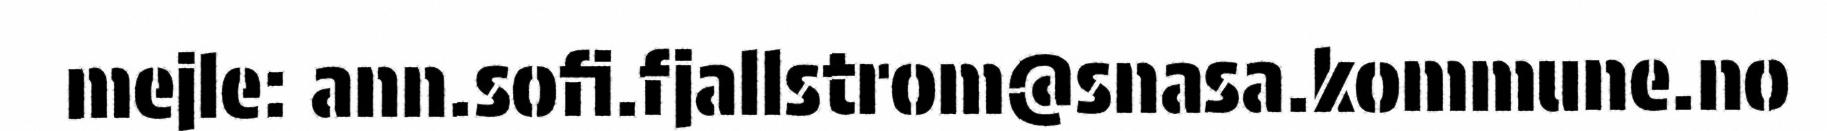
mejle: ann.sofi.fjallstrom@snasa.kommune.no